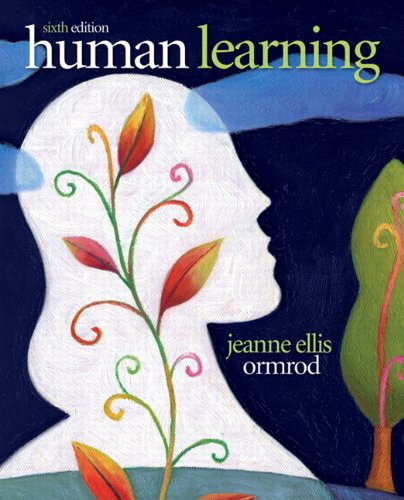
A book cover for Human Learning (6th Edition); Jeanne Ellis Ormrod; Medical Books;